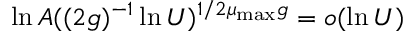
\ln A ( ( 2 g ) ^ { - 1 } \ln U ) ^ { 1 / 2 \mu _ { \mathrm { m a x } } g } = o ( \ln U )